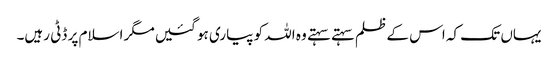
یہاں تک کہ اس کے ظلم سہتے سہتے وہ اللہ کو پیاری ہو گئیں مگر اسلام پر ڈٹی رہیں۔